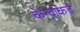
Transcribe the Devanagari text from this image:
केन्द्राकडे